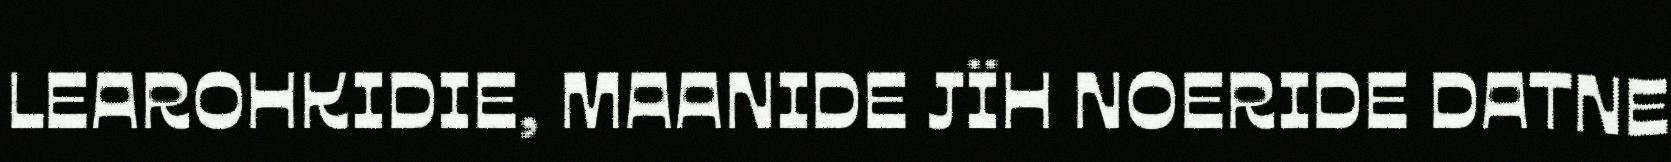
LEAROHKIDIE, MAANIDE JÏH NOERIDE DATNE